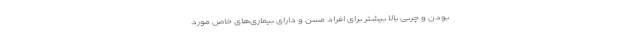
بودن و چربی بالا بیشتر برای افراد مسن و دارای بیماری‌های خاص مورد